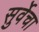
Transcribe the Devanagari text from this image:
सुर्वेचा